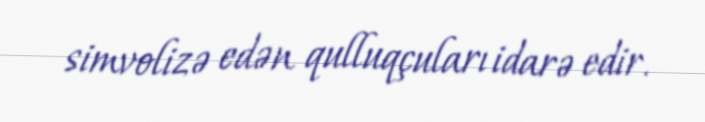
simvolizə edən qulluqçuları idarə edir.